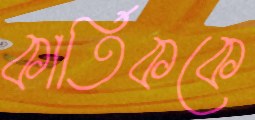
কার্তিককে